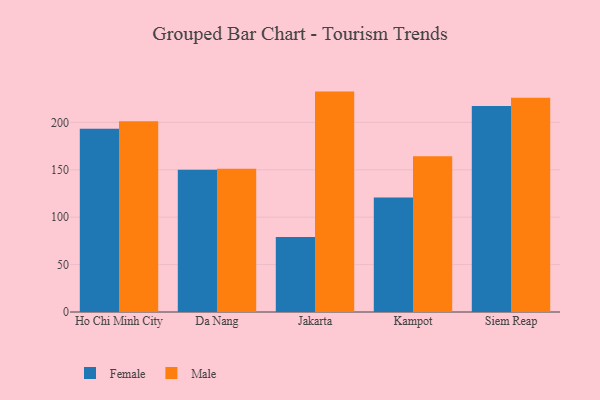
{"axis": {"x": "City", "y": "Inventory Turnover"}, "legend": ["Female", "Male"], "data": [{"x": "Ho Chi Minh City", "y": 193.3, "type": "Female"}, {"x": "Ho Chi Minh City", "y": 201.1, "type": "Male"}, {"x": "Da Nang", "y": 150.1, "type": "Female"}, {"x": "Da Nang", "y": 151.1, "type": "Male"}, {"x": "Jakarta", "y": 79.1, "type": "Female"}, {"x": "Jakarta", "y": 232.5, "type": "Male"}, {"x": "Kampot", "y": 120.9, "type": "Female"}, {"x": "Kampot", "y": 164.2, "type": "Male"}, {"x": "Siem Reap", "y": 217.2, "type": "Female"}, {"x": "Siem Reap", "y": 225.9, "type": "Male"}]}